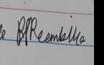
Signature authenticity: genuine